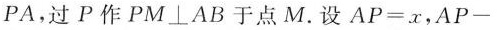
PA，过P作PM⊥AB于点M。设AP=x，AP-